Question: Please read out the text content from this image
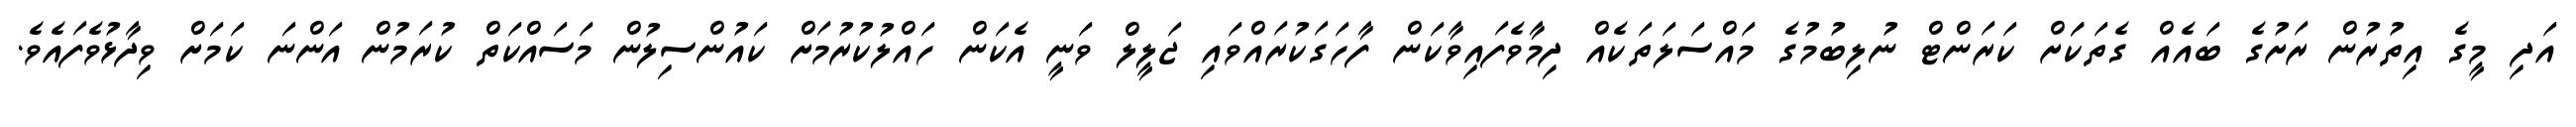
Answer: އަދި މީގެ އިތުރުން ރަށުގެ ބައެއް ގެތަކަަށް ކަރަންޓް ނުލިބުމުގެ މައްސަލަތަކެއް ދިމާވެފައިވާކަން ފާހަގަކުރައްވައި ޖަލީލް ވަނީ އެކަން ހައްލުކުރުމަށް ކައުންސިލުން މަސައްކަތް ކުރަމުން އަންނަ ކަމަށް ވިދާޅުވެފައެވެ.